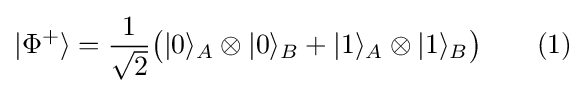
|\Phi ^{+}\rangle ={\frac {1}{\sqrt {2}}}{\big (}|0\rangle _{A}\otimes |0\rangle _{B}+|1\rangle _{A}\otimes |1\rangle _{B}{\big )}\qquad (1)